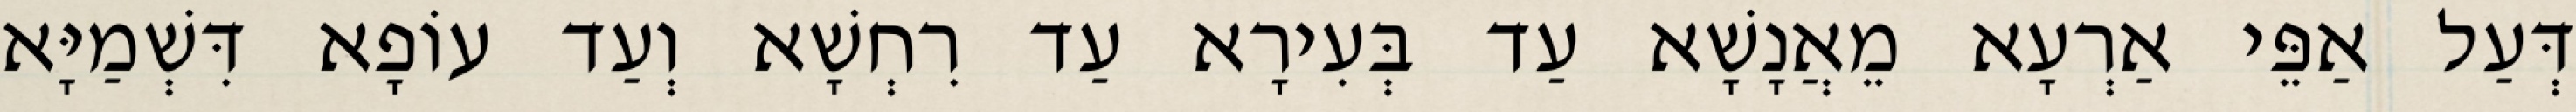
דְּעַל אַפֵּי אַרְעָא מֵאֲנָשָׁא עַד בְּעִירָא עַד רִחְשָׁא וְעַד עוֹפָא דִּשְׁמַיָּא